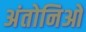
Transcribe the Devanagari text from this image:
अंतोनिओ